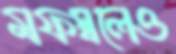
মফস্বলেও